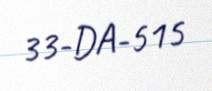
33-DA-515